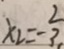
x _ { 2 } = - \frac { 2 } { 3 }